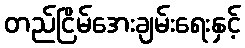
တည်ငြိမ်အေးချမ်းရေးနှင့်